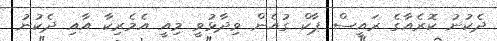
ދެކުނު ކޮރެއާގެ ރައީސް ޕާކް ގުއެން ވިދާޅުވީ މިއީ އެމެރިކާ އާއި ދެކުނު